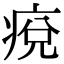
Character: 痥